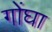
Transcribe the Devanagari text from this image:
गोंघा